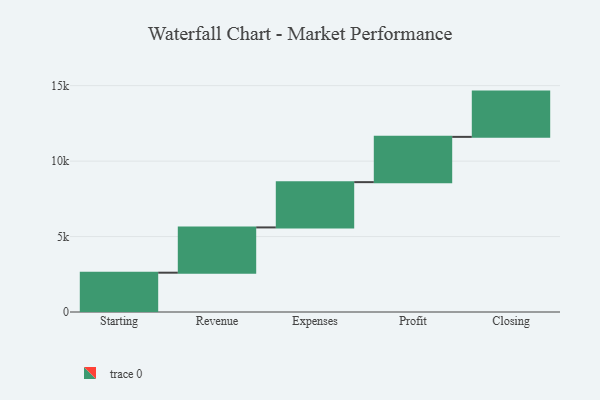
{"axis": {"x": "Step", "y": "Value"}, "legend": [""], "data": [{"x": "Starting", "y": 2605.0, "type": ""}, {"x": "Revenue", "y": 3000, "type": ""}, {"x": "Expenses", "y": 3000, "type": ""}, {"x": "Profit", "y": 3000, "type": ""}, {"x": "Closing", "y": 3000, "type": ""}]}